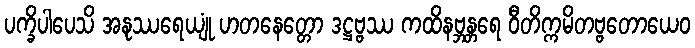
ပက္ခိပါပေသိ အနုဿရေယျုံ ဟတနေတ္တော ဒဋ္ဌဗ္ဗဿ ကထိနဗ္ဘန္တရေ ဝီတိက္ကမိတဗ္ဗတောယေဝ